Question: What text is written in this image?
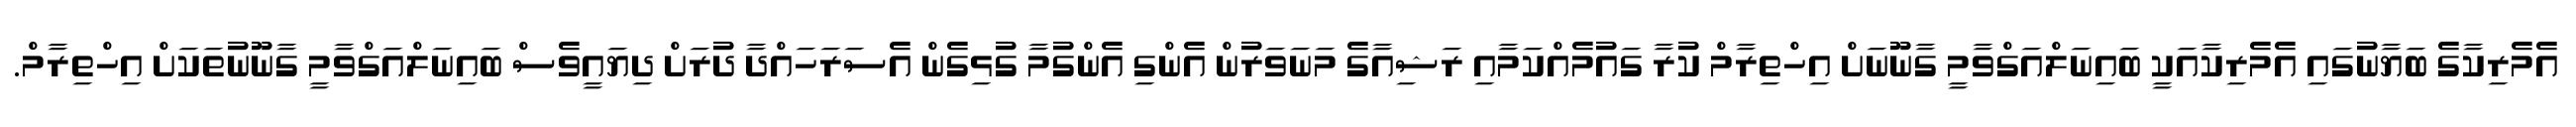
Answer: އެމެރިކާގެ ބަޔާނުގައި އެމެރިކާއަކީ ބައިނަލްއަގްވާމީ ގާނޫނަށް އިހްތިރާމް ކުރާ ގައުމެއްކަމާއި ރަޝިއާގެ މަނަވަރުން އެންގި އެންގުމާ ގުޅިގެން އެސަރަހައްދާ ދުރަށް ދިޔައީވެސް ބައިނަލްއަގްވާމީ ގާނޫނުތަކަށް އިހްތިރާމް.